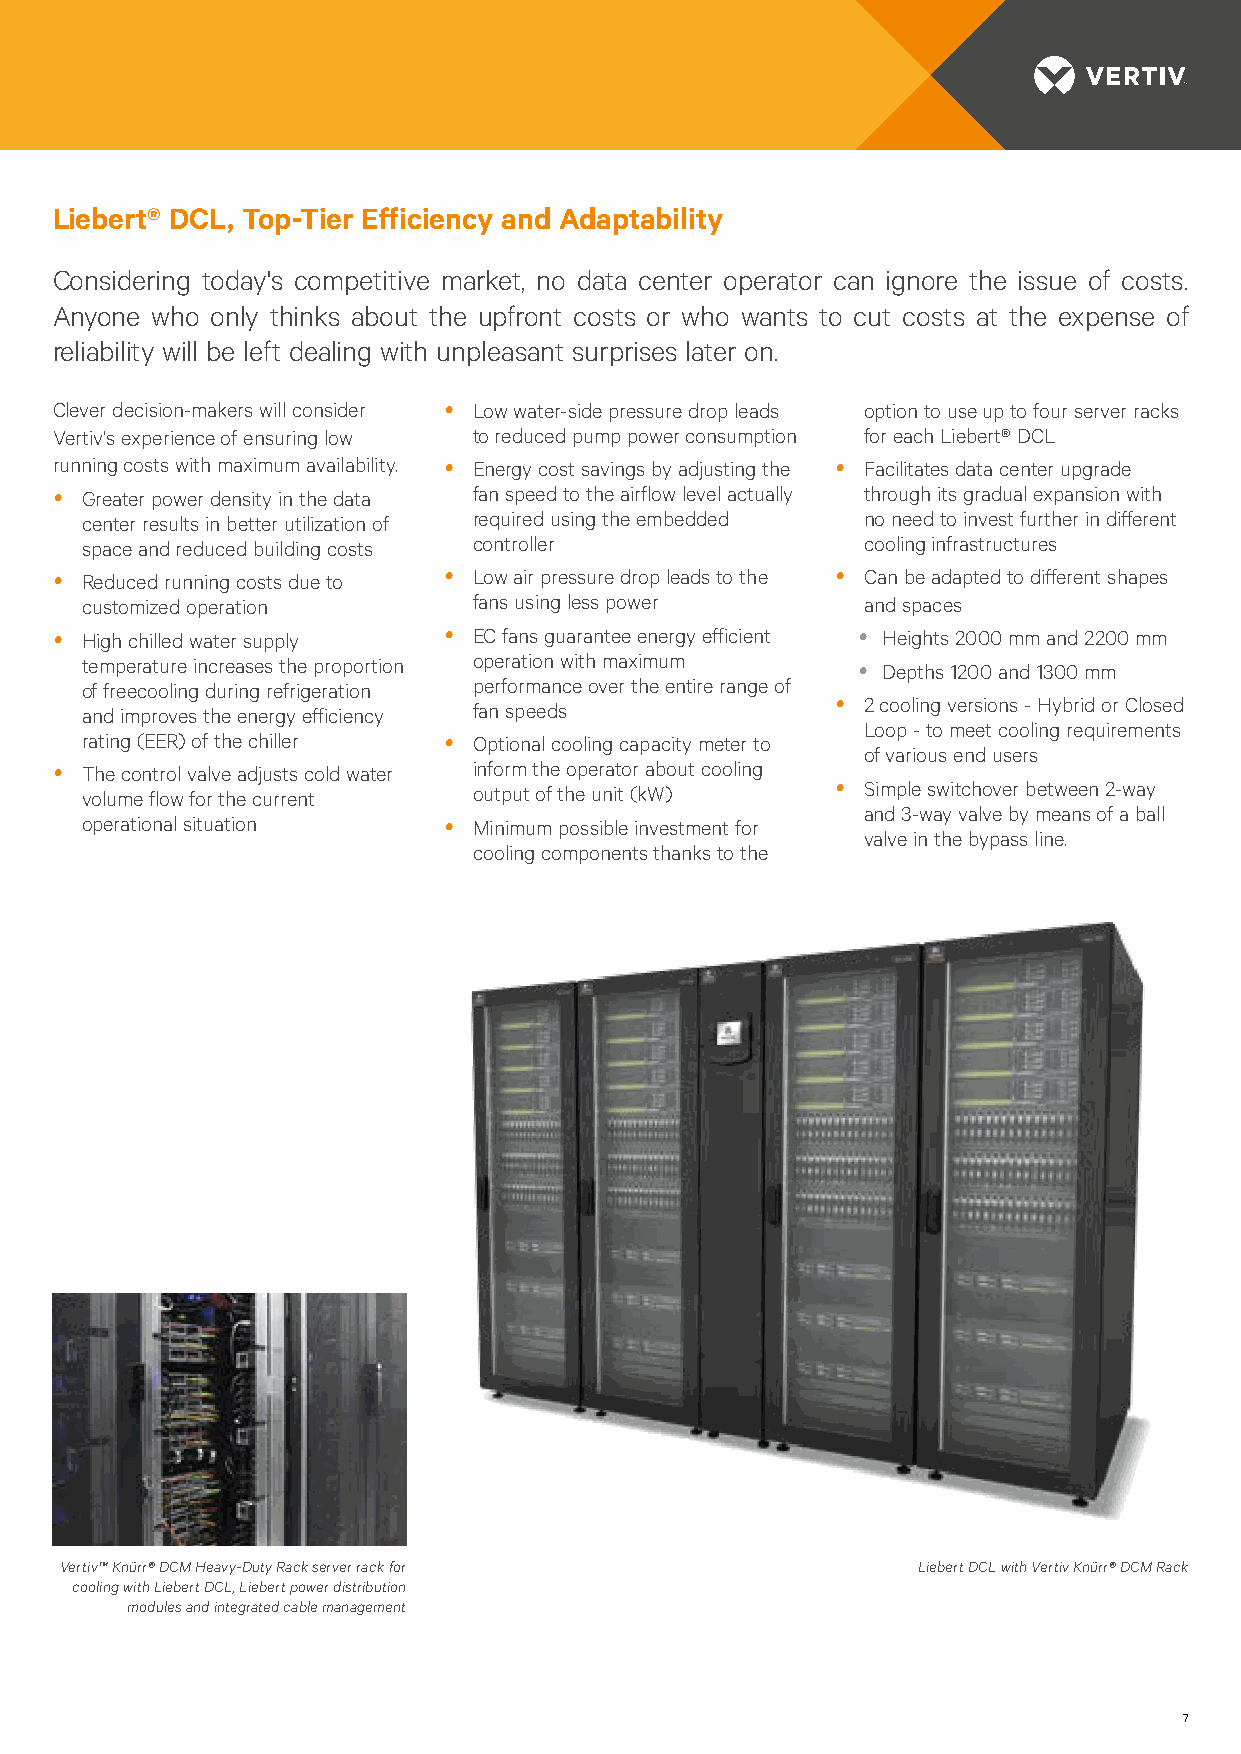
Liebert® DCL, Top-Tier Efficiency and Adaptability
 Considering today's competitive market, no data center operator can ignore the issue of costs.
 Anyone who only thinks about the upfront costs or who wants to cut costs at the expense of
 reliability will be left dealing with unpleasant surprises later on.
 Clever decision-makers will consider yyLow water-side pressure drop leads option to use up to four server racks
 Vertiv's experience of ensuring low to reduced pump power consumption for each Liebert® DCL
 running costs with maximum availability. yyEnergy cost savings by adjusting the yyFacilitates data center upgrade
 yyGreater power density in the data fan speed to the airflow level actually through its gradual expansion with
 center results in better utilization of required using the embedded no need to invest further in different
 space and reduced building costs controller         cooling infrastructures
 yyReduced running costs due to yyLow air pressure drop leads to the yyCan be adapted to different shapes
 customized operation      fans using less power     and spaces
 yyHigh chilled water supply yyEC fans guarantee energy efficient y Heights 2000 mm and 2200 mm
 temperature increases the proportion operation with maximum y Depths 1200 and 1300 mm
 of freecooling during refrigeration performance over the entire range of
 and improves the energy efficiency fan speeds     yy2 cooling versions - Hybrid or Closed
 Loop - to meet cooling requirements
 rating (EER) of the chiller yyOptional cooling capacity meter to
 of various end users
 yyThe control valve adjusts cold water inform the operator about cooling
 volume flow for the current output of the unit (kW) yySimple switchover between 2-way
 and 3-way valve by means of a ball
 operational situation   yyMinimum possible investment for
 valve in the bypass line.
 cooling components thanks to the
 Vertiv™ Knürr® DCM Heavy-Duty Rack server rack for       Liebert DCL with Vertiv Knürr® DCM Rack
 cooling with Liebert DCL, Liebert power distribution
 modules and integrated cable management
 7